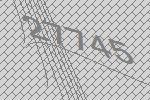
27745